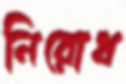
নিরোধ